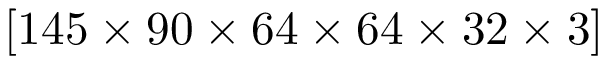
[ 1 4 5 \times 9 0 \times 6 4 \times 6 4 \times 3 2 \times 3 ]